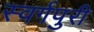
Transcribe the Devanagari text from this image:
स्वर्गपुरी